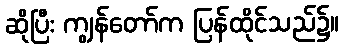
ဆိုပြီး ကျွန်တော်က ပြန်ထိုင်သည်၌။